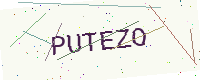
Text: PUTEZO